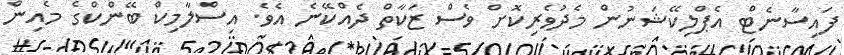
ފައިސާނެޓް އެޕްލިކޭޝަނުން މެދުވެރިކޮށް ވެސް ޒަކާތް ދެއްކޭނެ އެވެ. އިސްލާމިކް ބޭންކްގެ މެއިން